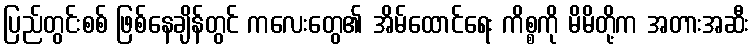
ပြည်တွင်းစစ် ဖြစ်နေချိန်တွင် ကလေးတွေ၏ အိမ်ထောင်ရေး ကိစ္စကို မိမိတို့က အတားအဆီး